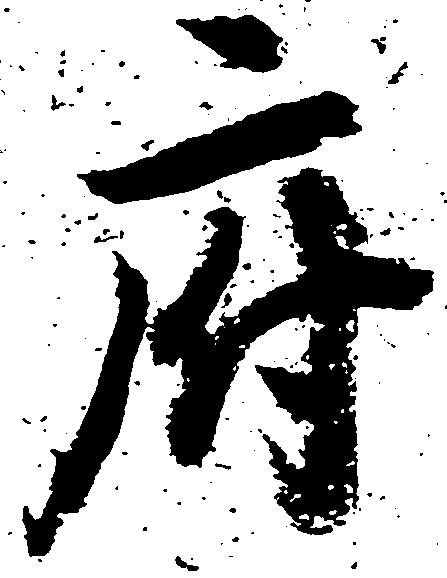
府